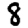
Digit: 8